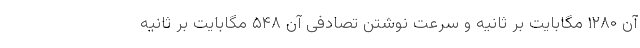
آن ۱۲۸۰ مگابایت بر ثانیه و سرعت نوشتن تصادفی آن ۵۴۸ مگابایت بر ثانیه